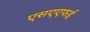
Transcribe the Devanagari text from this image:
एसएएफई